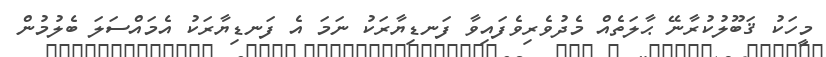
މީހަކު ޤަބޫލުކުރާނޭ ޙާލަތެއް މެދުވެރިވެފައިވާ ފަނޑިޔާރަކު ނަމަ އެ ފަނޑިޔާރަކު އެމައްސަލަ ބެލުމުން